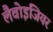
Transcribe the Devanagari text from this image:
लैवोइजियर